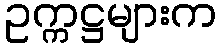
ဥက္ကဋ္ဌများက